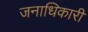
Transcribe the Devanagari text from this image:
जनाधिकारी